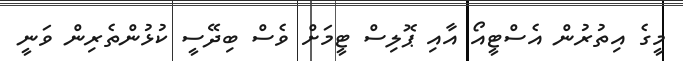
މީގެ އިތުރުން އެސްޓީއޯ އާއި ޕޮލިސް ޓީމަށް ވެސް ބިދޭސީ ކުޅުންތެރިން ވަނީ